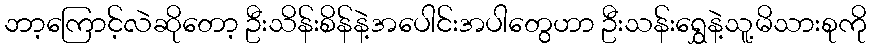
ဘာ့ကြောင့်လဲဆိုတော့ ဦးသိန်းစိန်နဲ့အပေါင်းအပါတွေဟာ ဦးသန်းရွှေနဲ့သူ့မိသားစုကို